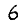
Digit: 6